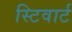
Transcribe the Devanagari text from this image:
स्टिवार्ट